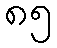
၈၅